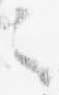
之